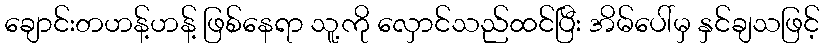
ချောင်းတဟန့်ဟန့် ဖြစ်နေရာ သူ့ကို လှောင်သည်ထင်ပြီး အိမ်ပေါ်မှ နှင်ချသဖြင့်